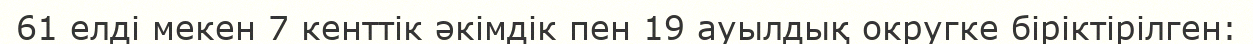
61 елді мекен 7 кенттік әкімдік пен 19 ауылдық округке біріктірілген: